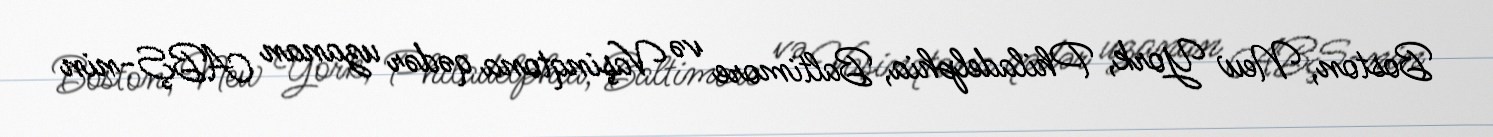
Boston, New York, Philadelphia, Baltimore və Vaşinqtona qədər uzanan ABŞ-nin